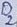
Text: D2